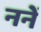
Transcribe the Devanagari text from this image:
ननें